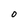
Character: o